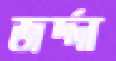
জর্দ্দা